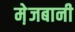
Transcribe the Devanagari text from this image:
मे़जबानी